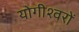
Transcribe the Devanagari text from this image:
योगीश्वरों